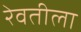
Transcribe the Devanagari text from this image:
रेवतीला